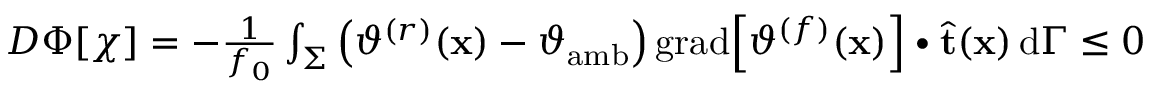
\begin{array} { r } { D \Phi [ \chi ] = - \frac { 1 } { f _ { 0 } } \int _ { \Sigma } \left( \vartheta ^ { ( r ) } ( \mathbf { x } ) - \vartheta _ { \mathrm { a m b } } \right) \mathrm { g r a d } \Big [ \vartheta ^ { ( f ) } ( \mathbf { x } ) \Big ] \bullet \widehat { \mathbf { t } } ( \mathbf { x } ) \, \mathrm { d } \Gamma \leq 0 } \end{array}